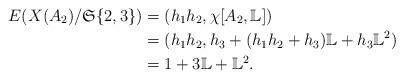
LaTeX: \begin{align*} E(X(A_2)/\mathfrak S\{2,3\}) & =(h_1h_2,\chi [A_2,\mathbb L]) \\ & =(h_1h_2, h_3+(h_1h_2+h_3)\mathbb L+h_3\mathbb L^2)\\ & =1+3\mathbb L+\mathbb L^2. \end{align*}